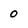
Character: 0